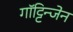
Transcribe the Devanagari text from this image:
गॉट्टिन्जेन